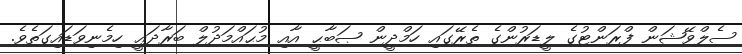
ސެލްވޭޝަން ފްރަންޓުގެ ލީޑަރުންގެ ތެރޭގައި ހަމްދީން ޞަބާޙީ އާއި މުޙައްމަދުލް ބަރާދަޢީ ހިމެނިވަޑައިގަތެވެ.